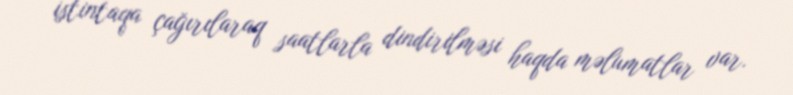
istintaqa çağırılaraq saatlarla dindirilməsi haqda məlumatlar var.